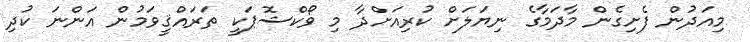
މިއަދުން ފެށިގެން މާދަމާގެ ނިޔަލަށް ކުރިއަށްދާ މި ވޯކްޝޮޕަކީ ތަރައްޤީވަމުން އަންނަ ކުދި